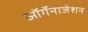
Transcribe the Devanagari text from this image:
ऑर्गेनाजेशन